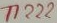
Text: T122